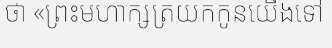
ថា «ព្រះមហាក្សត្រយកកូនយើងទៅ